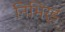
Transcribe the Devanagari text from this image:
निभिर्ड